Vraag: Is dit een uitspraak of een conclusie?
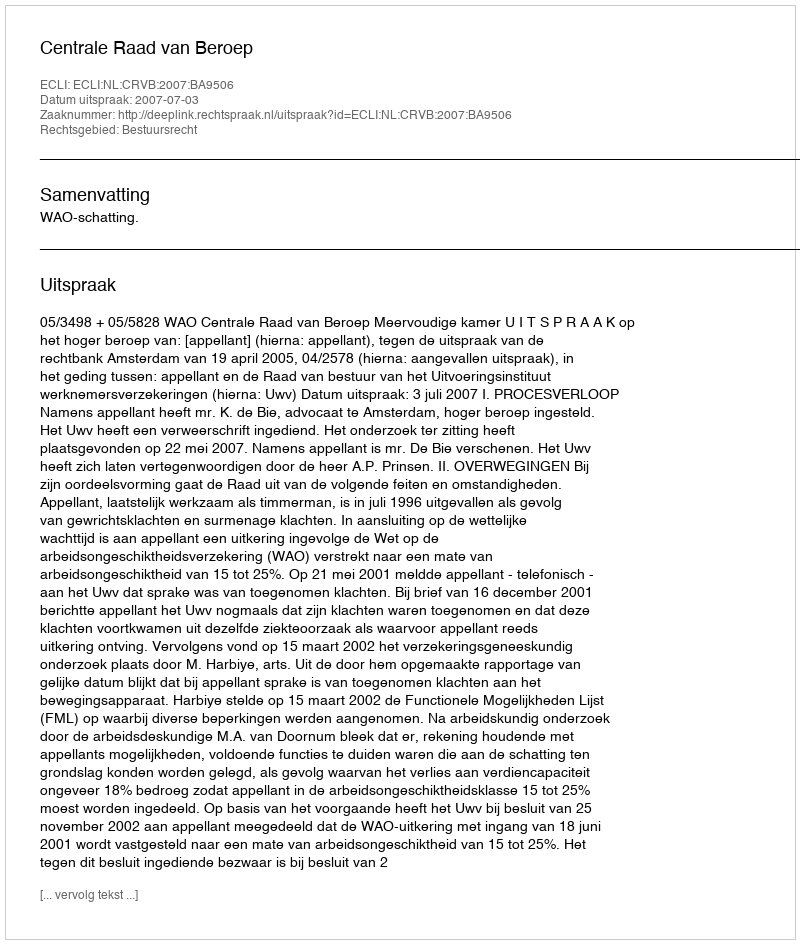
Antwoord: Uitspraak